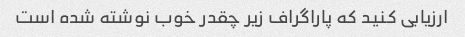
ارزیابی کنید که پاراگراف زیر چقدر خوب نوشته شده است